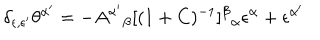
\delta _ { \epsilon , \epsilon ^ { \prime } } \theta ^ { \alpha ^ { \prime } } = - A ^ { \alpha ^ { \prime } } { } _ { \beta } [ ( 1 + C ) ^ { - 1 } ] ^ { \beta } { } _ { \alpha } \epsilon ^ { \alpha } + \epsilon ^ { \alpha ^ { \prime } }